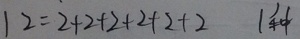
1 2 = 2 + 2 + 2 + 2 + 2 + 2 1 种